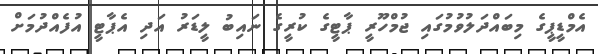
އެމްޑީޕީގެ މިބައްދަލުވުމުގައި ޖުމްހޫރީ ޕާޓީގެ ކުރީގެ ނައިބު ލީޑަރު އަދި އެޕާޓީ އުފެއްދުމަށް